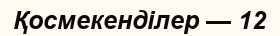
Қосмекенділер — 12